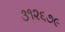
૩૧૨૬૭૯